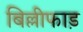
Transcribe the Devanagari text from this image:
बिल्लीफाड़